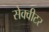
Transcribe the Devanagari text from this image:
सेक्वीटर